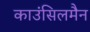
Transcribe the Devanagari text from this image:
काउंसिलमैन